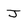
Character: J